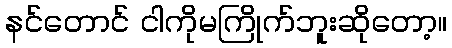
နင်တောင် ငါကိုမကြိုက်ဘူးဆိုတော့။